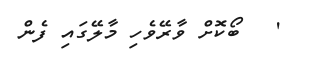
'   ބޯކޮށް ވާރޭވެހި މާލޭގައި ފެން